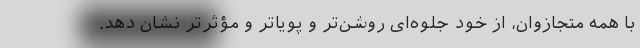
با همه متجازوان، از خود جلوه‌ای روشن‌تر و پویاتر و مؤثرتر نشان دهد.